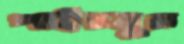
পাইরযুম